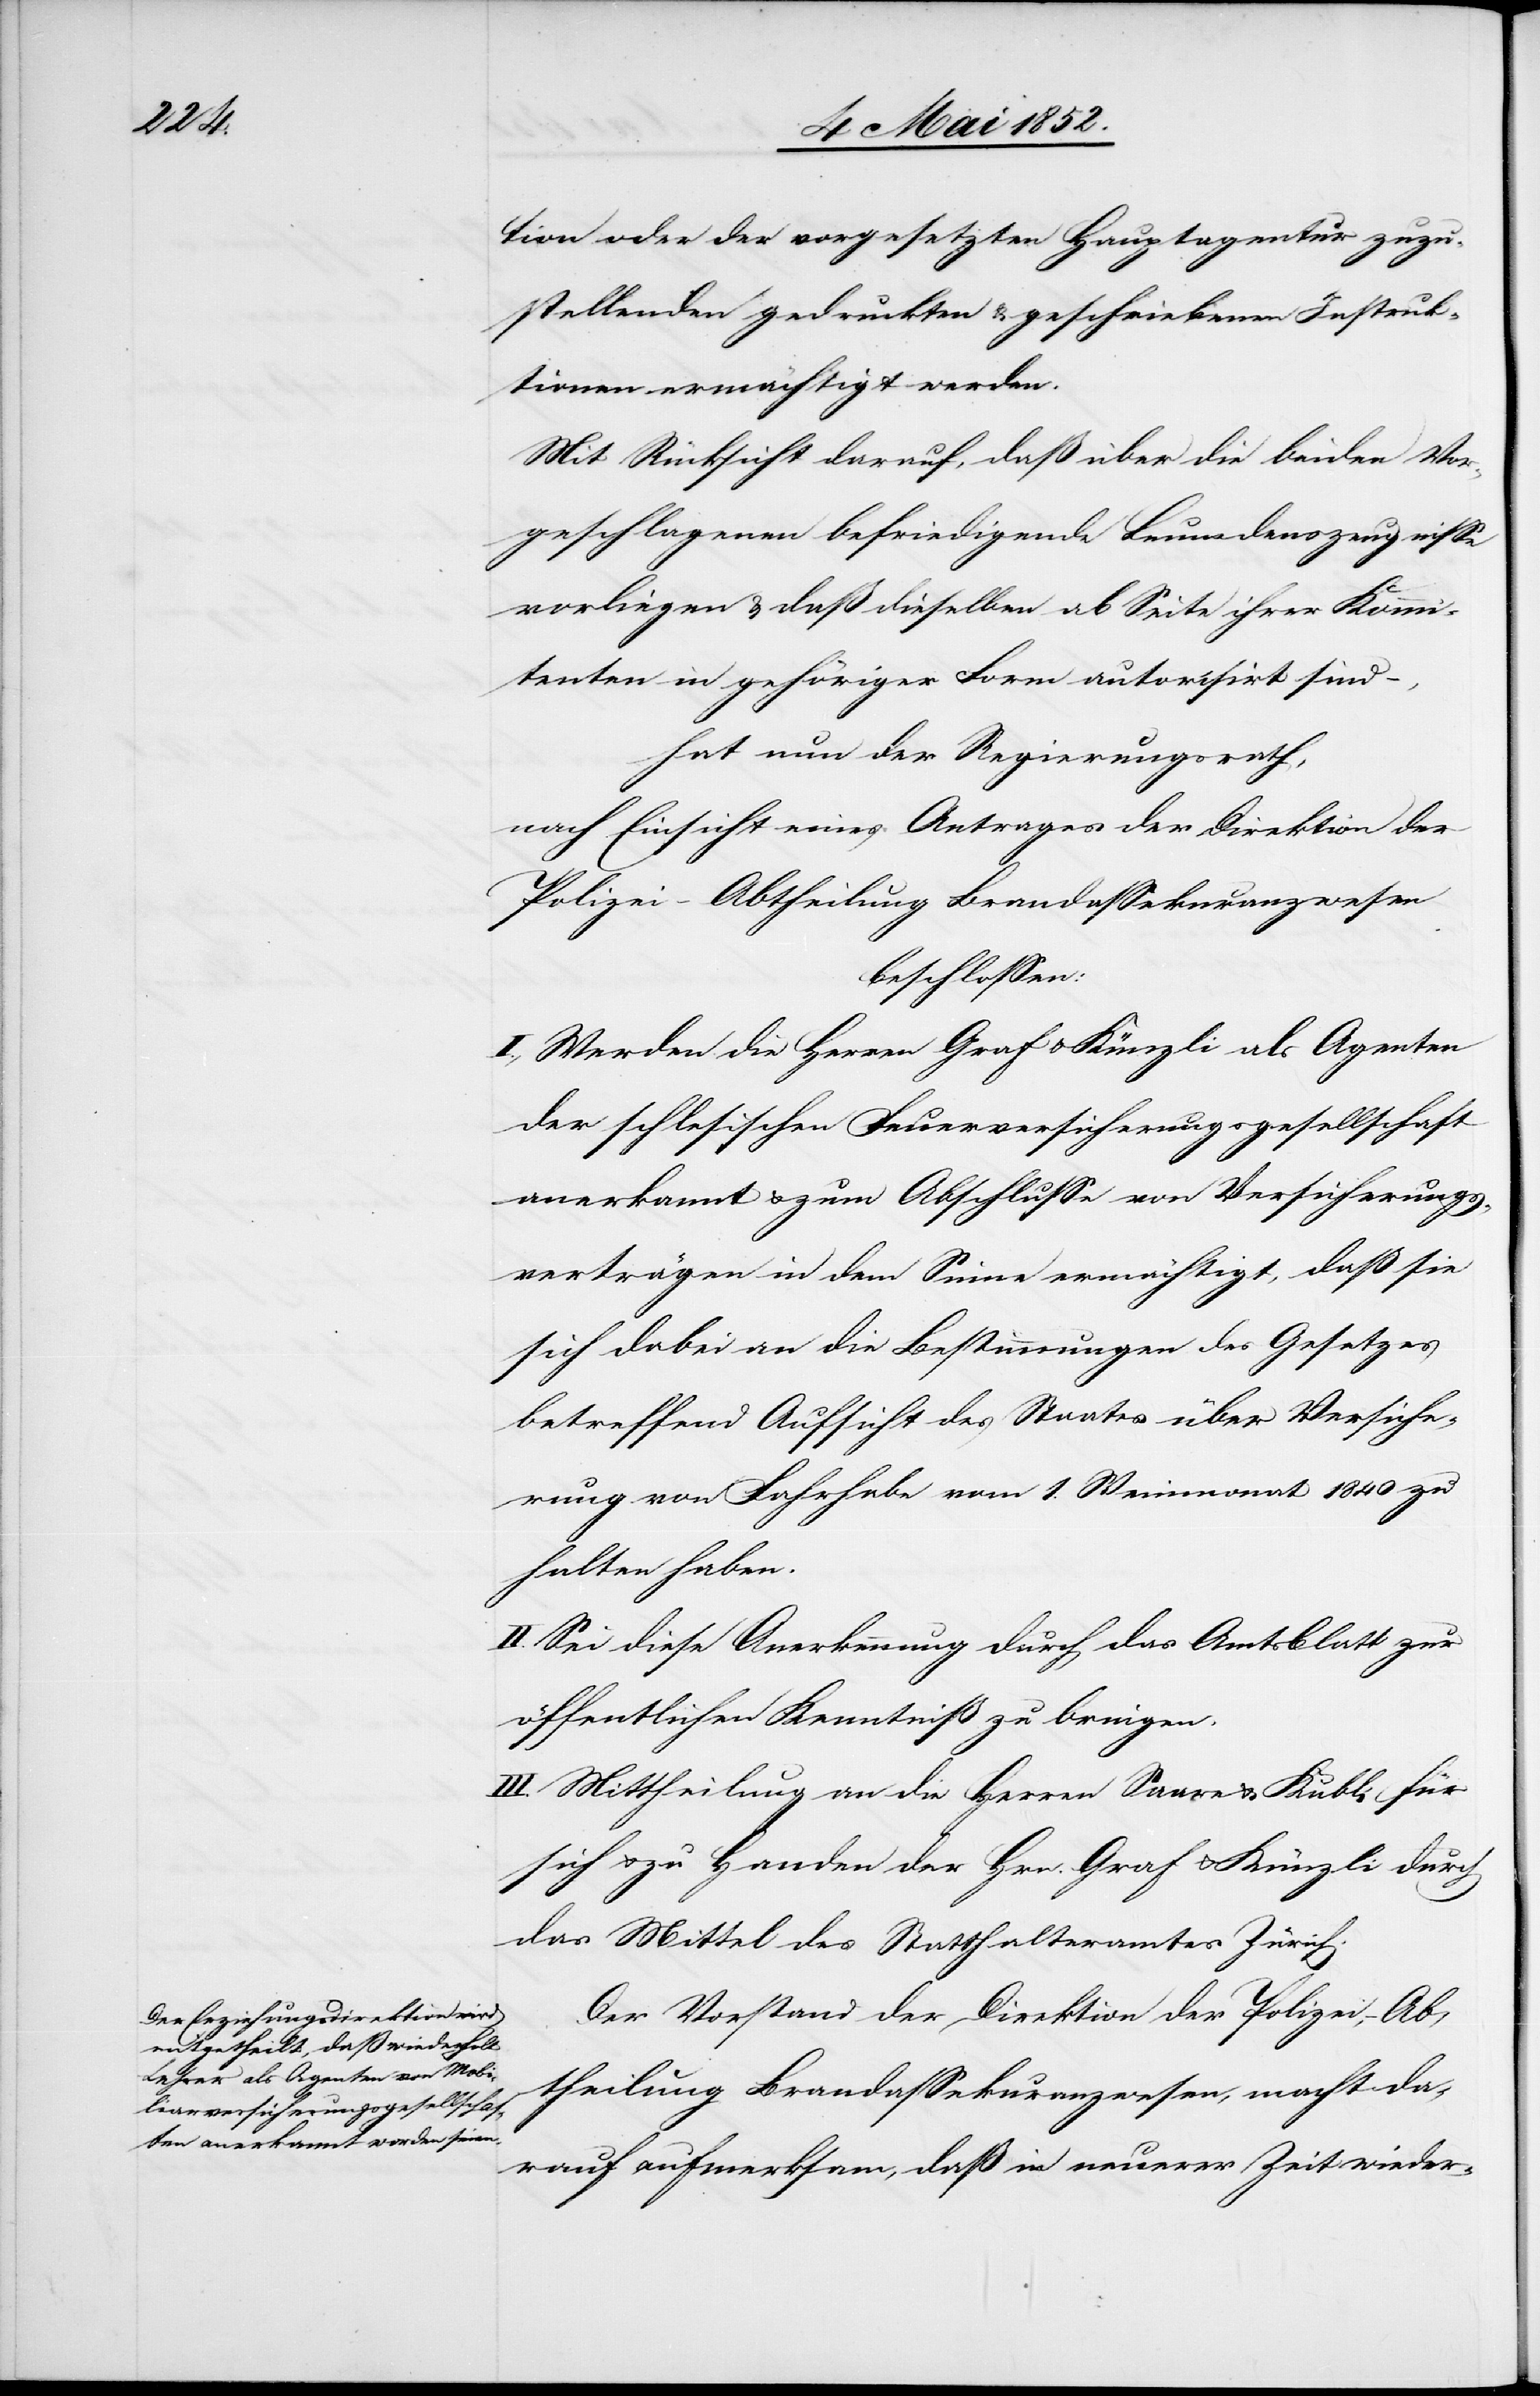
tion oder der vorgesetzten Hauptagentur zuzu¬
stellenden gedruckten & geschriebenen Instruk¬
tionen ermächtigt werden.
Mit Rücksicht darauf, daß über die beiden Vor¬
geschlagenen befriedigende Leumdenszeugnisse
vorliegen & daß dieselben ab Seite ihrer Kommi¬
tenten in gehöriger Form autorisirt sind –,
hat nun der Regierungsrath,
nach Einsicht eines Antrages der Direktion der
Polizei – Abtheilung Brandassekuranzwesen
beschlossen:
I., Werden die Herren Graf & Künzli als Agenten
der schlesischen Feuerversicherungsgesellschaft
anerkannt & zum Abschlusse von Versicherungs¬
verträgen in dem Sinne ermächtigt, daß sie
sich dabei an die Bestimmungen des Gesetzes
betreffend Aufsicht des Staates über Versiche¬
rung von Fahrhabe vom 1. Weinmonat 1840 zu
halten haben.
II. Sei diese Anerkennung durch das Amtsblatt zur
öffentlichen Kenntniß zu bringen.
III. Mittheilung an die Herren Saare & Kubli für
sich & zu Handen der Hrn. Graf & Künzli durch
das Mittel des Statthalteramtes Zürich.
Der Vorstand der Direktion der Polizei, – Ab¬
theilung Brandassekuranzwesen, macht da¬
rauf aufmerksam, daß in neuerer Zeit wieder-